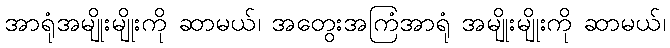
အာရုံအမျိုးမျိုးကို ဆာမယ်၊ အတွေးအကြံအာရုံ အမျိုးမျိုးကို ဆာမယ်၊